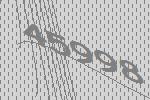
45998